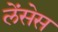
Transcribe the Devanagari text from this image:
लेंसेस